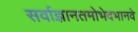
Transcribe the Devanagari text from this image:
सर्वाज्ञानतमोभेदभानवे